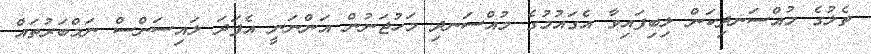
ތެލުގެ މުއްސަނދިކަން ލިބިފައިވާ އެގައުމުގެ މުއްސަނދި މަހުޖަނުން އަންނަނީ އެފަދަ ލައިސަންސް ނަމްބަރުތައް